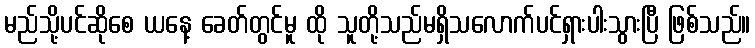
မည်သို့ပင်ဆိုစေ ယနေ့ ခေတ်တွင်မူ ထို သူတို့သည်မရှိသလောက်ပင်ရှားပါးသွားပြီ ဖြစ်သည်။